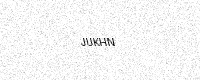
Text: JUKHN